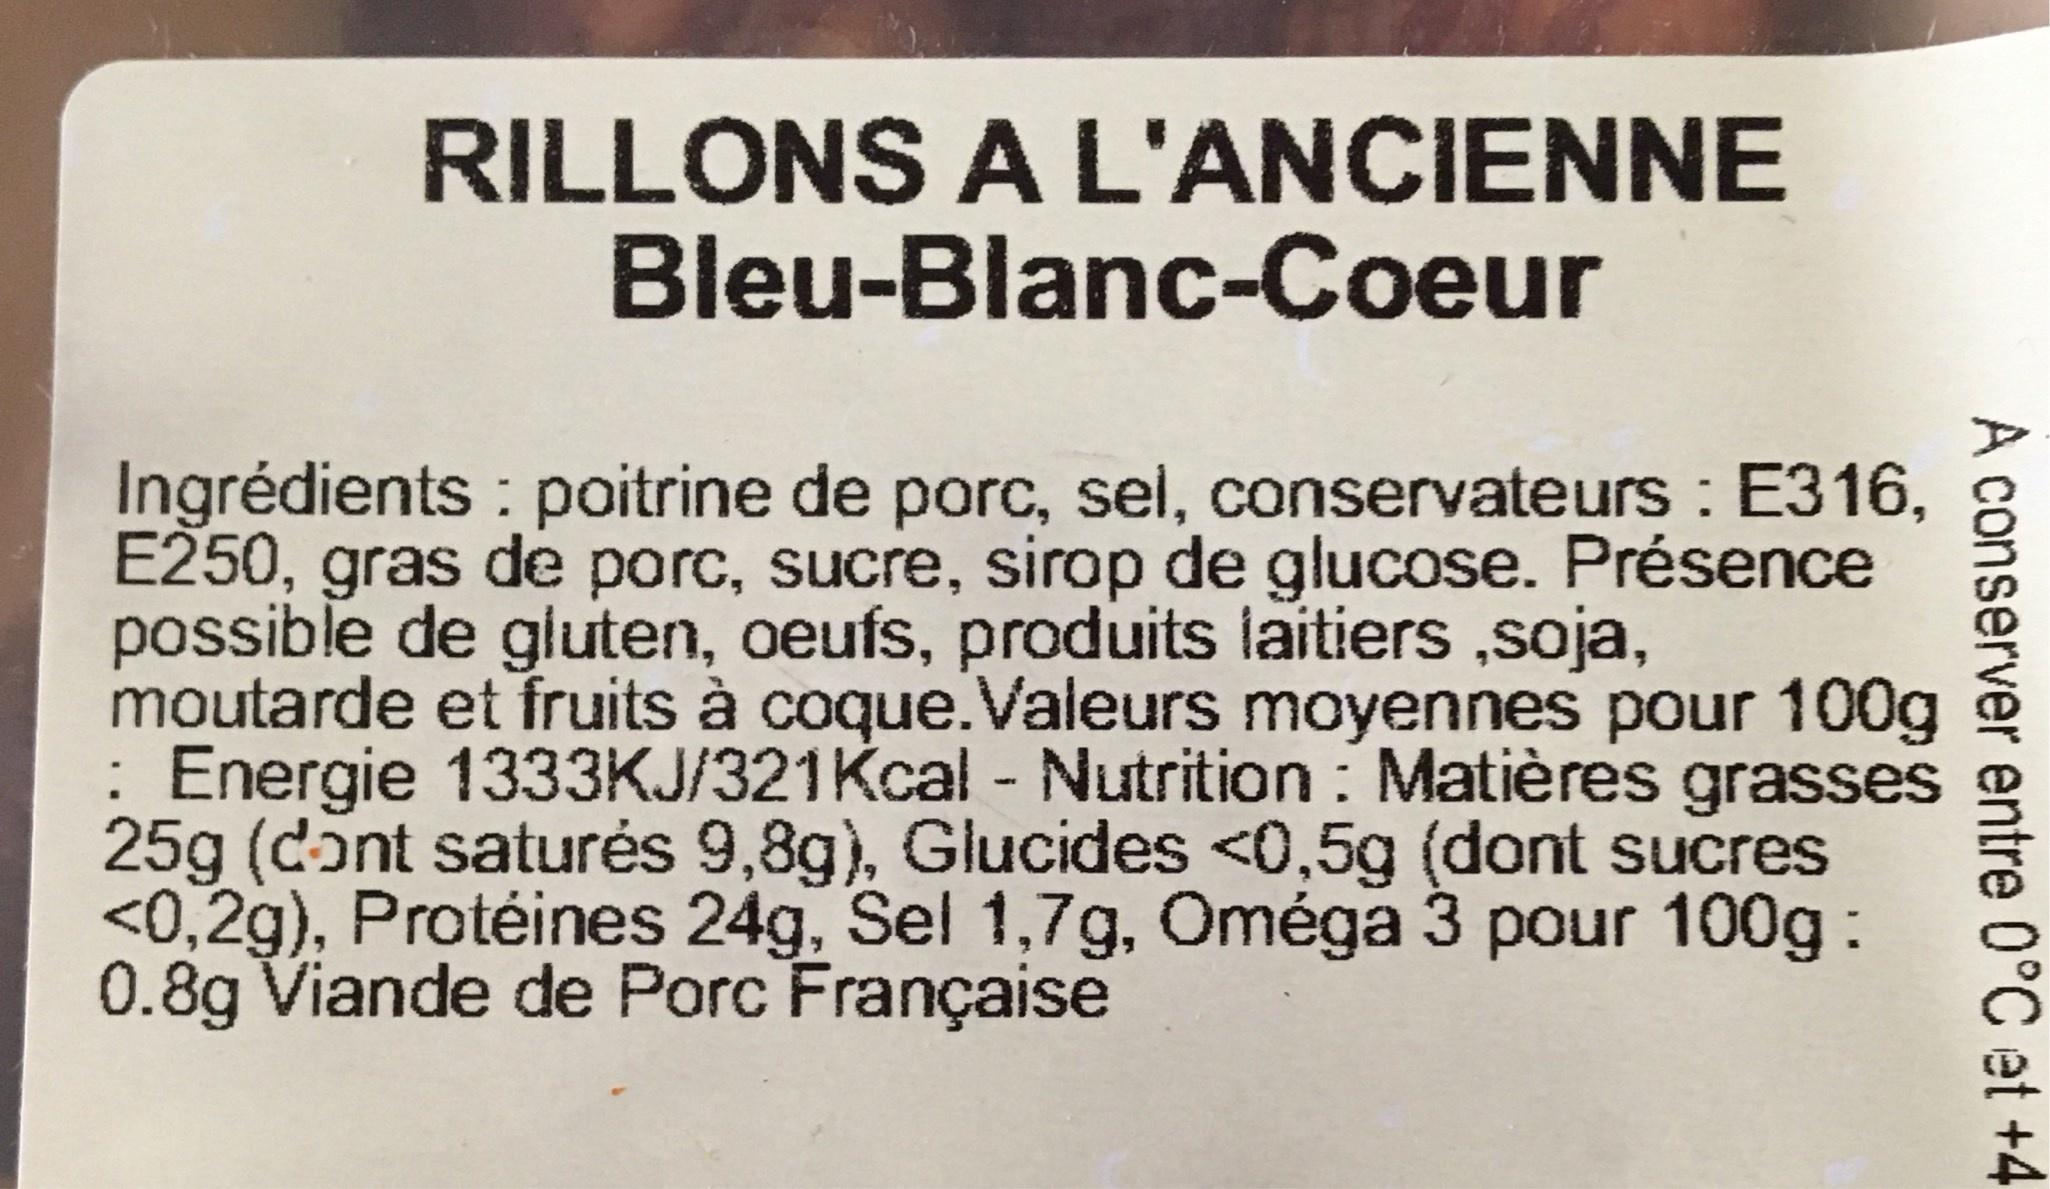
RILLONS A L'ANCIENNE Bleu-Blanc-Coeur Ingrédients poitrine de porc, sel, conservateurs : E316, E250, gras de porc, sucre, sirop de glucose. Présence possible de gluten, oeufs, produits laitiers ,soja, moutarde et fruits à coque.Valeurs moyennes pour 100g : Energie 1333KJ/321Kcal - Nutrition : Matières grasses 25g (dont saturės 9,8g), Glucides <0,5g (dont sucres <0,2g), Protéines 24g, Sel 1,7g, Oméga 3 pour 100g: 0.8g Viande de Porc Française A conserver entre 0°C et +4